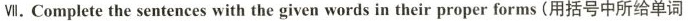
Ⅶ. Complete the sentences with the given words in their proper forms(用括号中所给单词